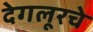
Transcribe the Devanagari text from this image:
देगलूरचे